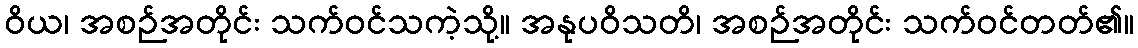
ဝိယ၊ အစဉ်အတိုင်း သက်ဝင်သကဲ့သို့။ အနုပဝိသတိ၊ အစဉ်အတိုင်း သက်ဝင်တတ်၏။